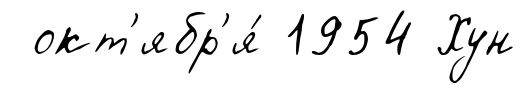
окт'ябр'я́ 1954 Хун